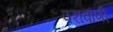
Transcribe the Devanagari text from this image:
परावाणी